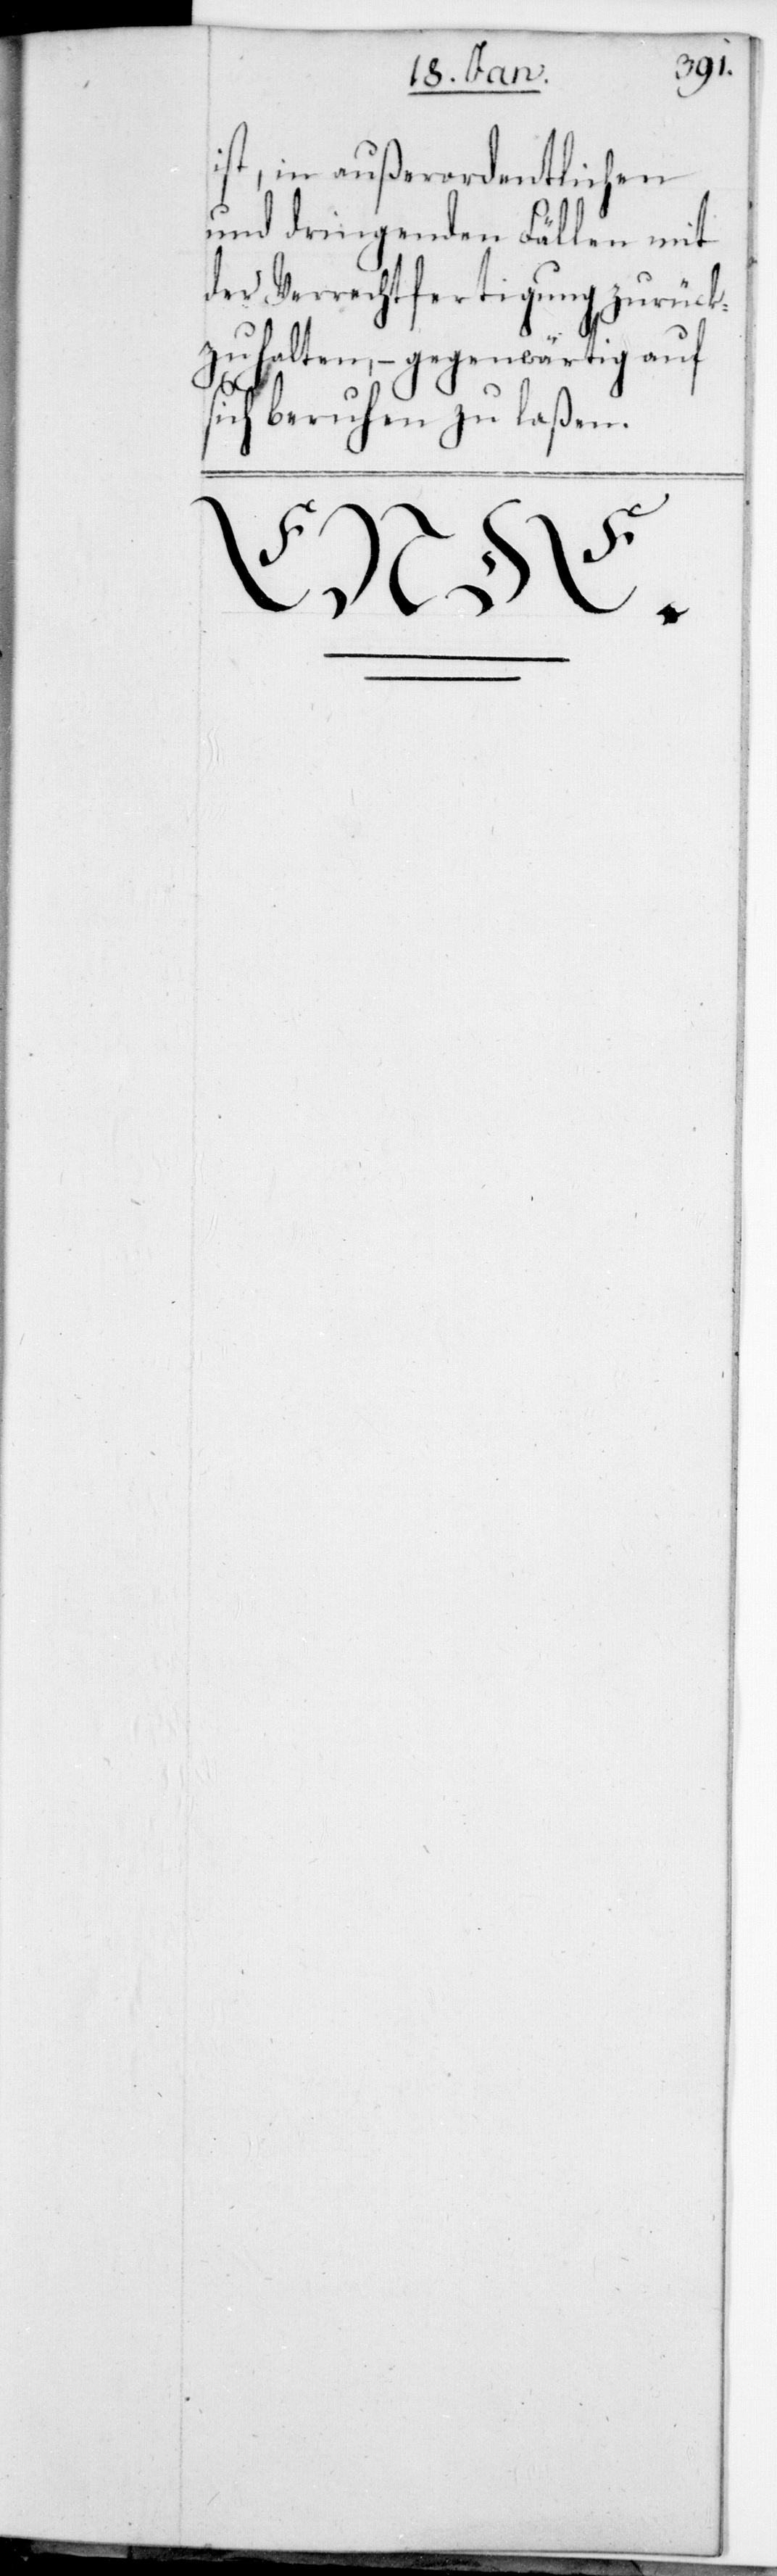
ist, in außerordentlichen
und dringenden Fällen mit
der Verrechtfertigung zurück¬
zuhalten, – gegenwärtig auf
sich beruhen zu laßen.